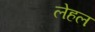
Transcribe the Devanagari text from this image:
लेहल